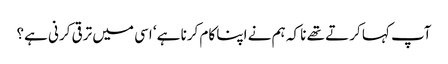
آپ کہا کرتے تھے نا کہ ہم نے اپنا کام کرنا ہے‘ اسی میں ترقی کرنی ہے؟